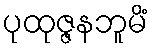
ပုထုဇ္ဇနဘူမိံ